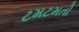
ટમટમતો